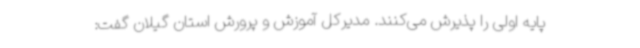
پایه اولی را پذیرش می‌کنند. مدیرکل آموزش و پرورش استان گیلان گفت: